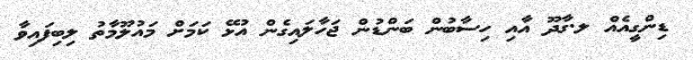
ޑިންގީއެއް ލ.ގާދޫ އާއި ހިސާބުން ބަންޑުން ޖަހާލައިގެން އުޅޭ ކަމަށް މައުލޫމާތު ލިބިފައިވާ